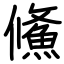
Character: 鯈